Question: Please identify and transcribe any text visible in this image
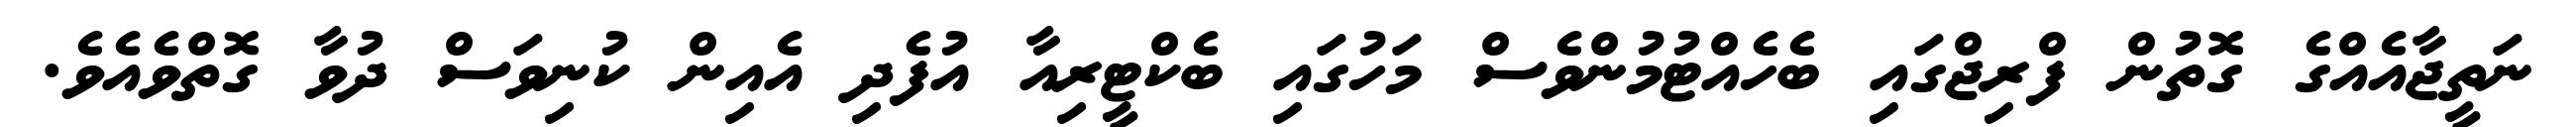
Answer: ނަތީޖާއެއްގެ ގޮތުން ފްރިޖްގައި ބެހެއްޓުމުންވެސް މަހުގައި ބެކްޓީރިއާ އުފެދި އެއިން ކުނިވަސް ދުވާ ގޮތްވެއެވެ.